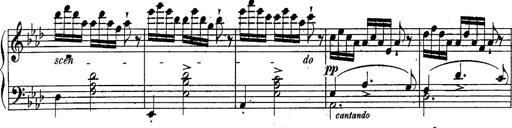
Title: Schubert's Impromptus [revised and edited by Franz Liszt]
Composer: Franz Liszt